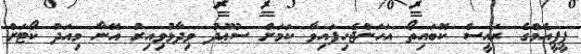
ޕީޕީއެމްގެ ރައީސް ކޮބައިތޯ އަހަންޖެހިފައިވާ ކަމަށް ސުޢޫދު ވިދާޅުވިއިރު އޭނާ މިއަދު ކޯޓަށް